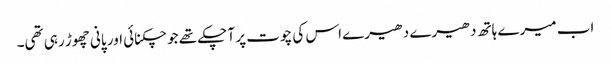
اب میرے ہاتھ دھیرے دھیرے اس کی چوت پر آ چکے تھے جو چکنائی اور پانی چھوڑ رہی تھی۔